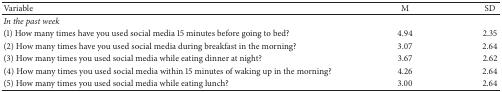
<table><thead><tr><td><b>Variable</b></td><td><b>M</b></td><td><b>SD</b></td></tr></thead><tbody><tr><td><i>In the past week </i></td><td> </td><td> </td></tr><tr><td>(1) How many times have you used social media 15 minutes before going to bed?</td><td>4.94</td><td>2.35</td></tr><tr><td>(2) How many times have you used social media during breakfast in the morning?</td><td>3.07</td><td>2.64</td></tr><tr><td>(3) How many times you used social media while eating dinner at night?</td><td>3.67</td><td>2.62</td></tr><tr><td>(4) How many times you used social media within 15 minutes of waking up in the morning?</td><td>4.26</td><td>2.64</td></tr><tr><td>(5) How many times you used social media while eating lunch?</td><td>3.00</td><td>2.64</td></tr></tbody></table>